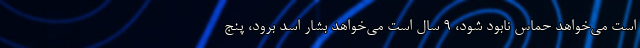
است می‌خواهد حماس نابود شود، 9 سال است می‌خواهد بشار اسد برود، پنج